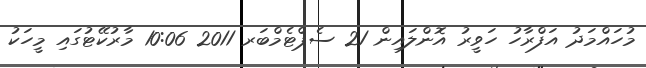
މުހައްމަދު އަފްރާހު ހަވީރު އޮންލައިން 21 ސެޕްޓެމްބަރ 2011 10:06 މާރުކޭޓުގައި މީހަކު